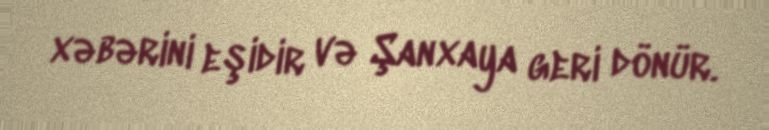
xəbərini eşidir və Şanxaya geri dönür.